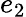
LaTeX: e_{2}